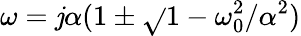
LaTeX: \omega=\mathit{j}\alpha(1\pm\sqrt{}{{1-\omega_{0}^{2}/\alpha^{2}}})